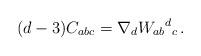
LaTeX: \begin{align*}(d-3) C_{abc}=\nabla_dW_{ab}{}^d{}_c\, .\end{align*}